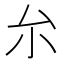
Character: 厼